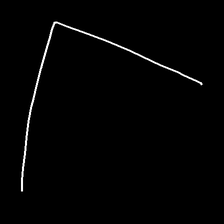
Glyph: region